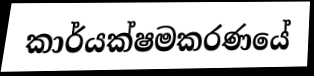
කාර්යක්ෂමකරණයේ